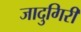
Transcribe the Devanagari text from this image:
जादुगिरी